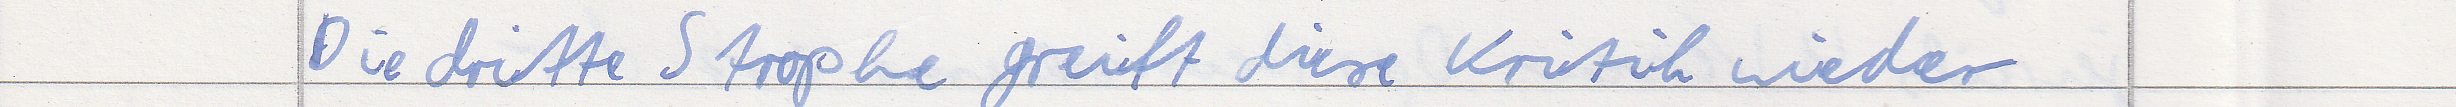
Die dritte Strophe greift diese Kritik wieder